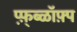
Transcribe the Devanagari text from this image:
प्फ़़्ब्ळॉफ़्प